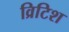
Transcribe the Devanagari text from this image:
व्रिटिश